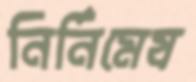
নির্নিমেষ